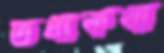
তথ্যকথা